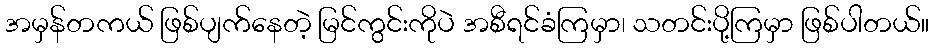
အမှန်တကယ် ဖြစ်ပျက်နေတဲ့ မြင်ကွင်းကိုပဲ အစီရင်ခံကြမှာ၊ သတင်းပို့ကြမှာ ဖြစ်ပါတယ်။